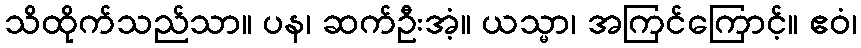
သိထိုက်သည်သာ။ ပန၊ ဆက်ဦးအံ့။ ယသ္မာ၊ အကြင်ကြောင့်။ ဧဝံ၊